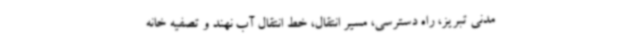
مدنی تبریز، راه دسترسی، مسیر انتقال، خط انتقال آب نهند و تصفیه خانه